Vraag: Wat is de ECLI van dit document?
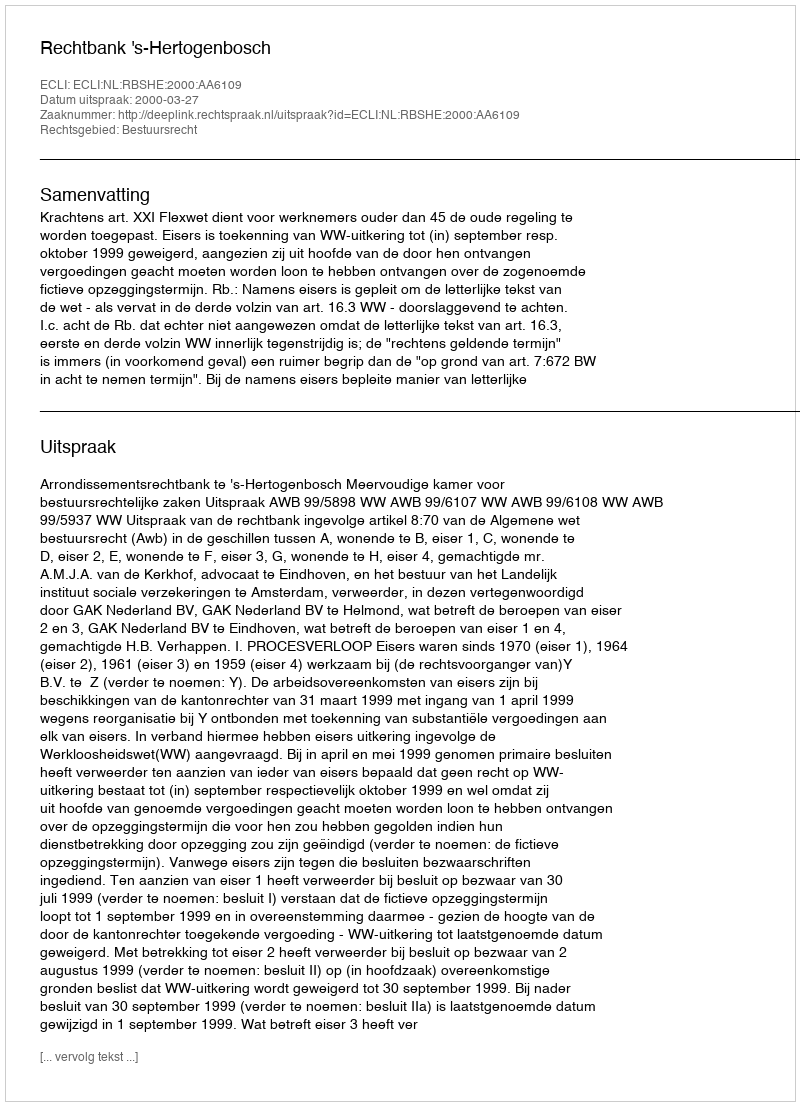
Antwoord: ECLI:NL:RBSHE:2000:AA6109